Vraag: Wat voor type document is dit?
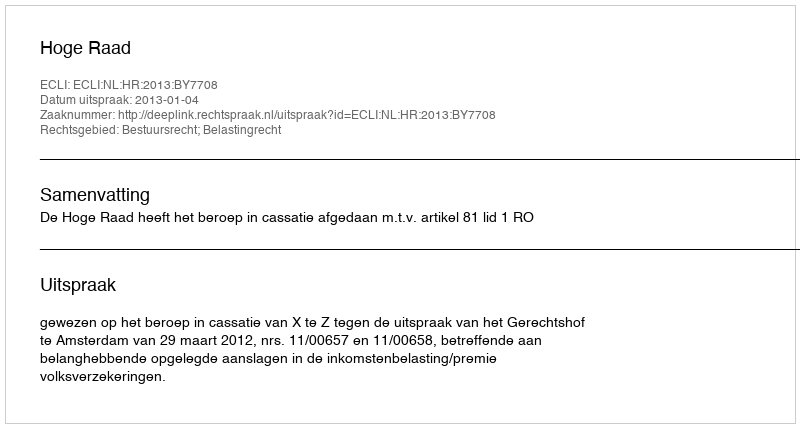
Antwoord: Uitspraak